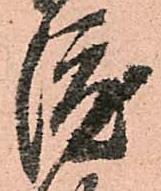
渡